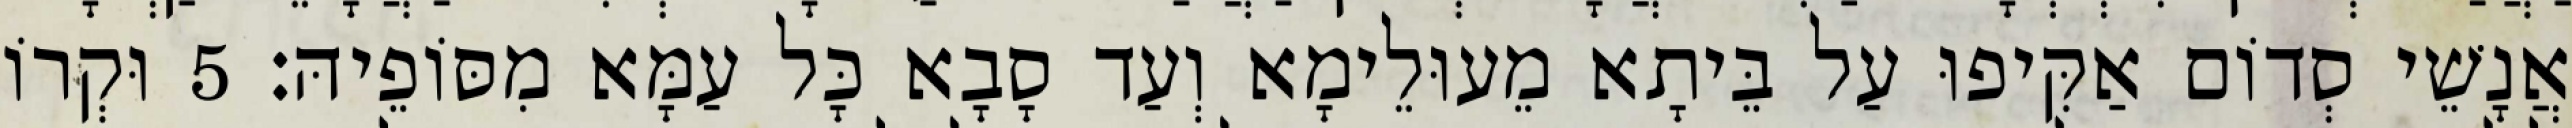
אֲנָשֵׁי סְדוֹם אַקִּיפוּ עַל בֵּיתָא מֵעוּלֵימָא וְעַד סָבָא כָּל עַמָּא מִסּוֹפֵיהּ׃ 5 וּקְרוֹ